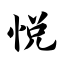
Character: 悦